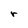
Character: r